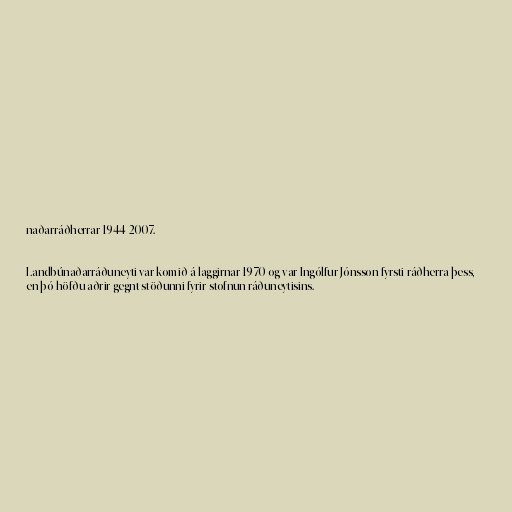
naðarráðherrar 1944-2007.

Landbúnaðarráðuneyti var komið á laggirnar 1970 og var Ingólfur Jónsson fyrsti ráðherra þess,
en þó höfðu aðrir gegnt stöðunni fyrir stofnun ráðuneytisins.